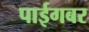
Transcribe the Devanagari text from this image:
पाईगबर